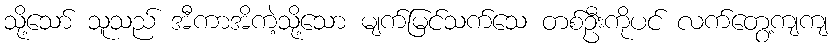
သို့သော် သူသည် အီကာအိကဲ့သို့သော မျက်မြင်သက်သေ တစ်ဦးကိုပင် လက်တွေ့ကျကျ